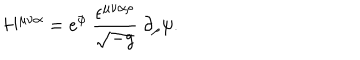
LaTeX: H ^ { \mu \nu \alpha } = e ^ { \phi } ~ \frac { \epsilon ^ { \mu \nu \alpha \rho } } { \sqrt { - g } } ~ \partial _ { \rho } \psi .